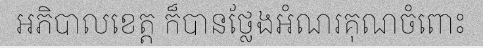
អភិបាលខេត្ត ក៏បានថ្លែងអំណរគុណចំពោះ